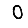
Digit: 0